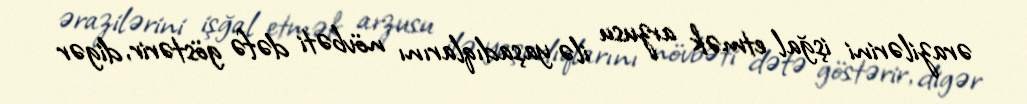
ərazilərini işğal etmək arzusu ilə yaşadıqlarını növbəti dəfə göstərir, digər